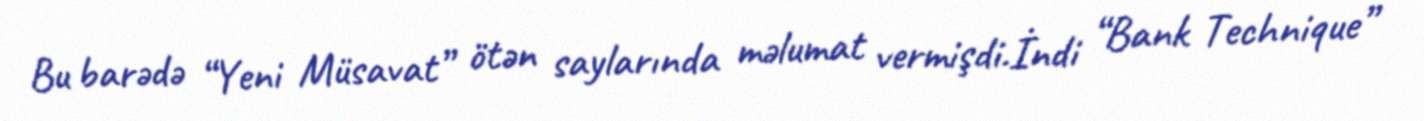
Bu barədə “Yeni Müsavat” ötən saylarında məlumat vermişdi.İndi “Bank Technique”